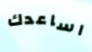
اساعدك